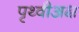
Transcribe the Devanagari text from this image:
पृथ्वीअक्ष